画像に写った文字を読んでください
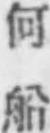
「何船」と書いてあります